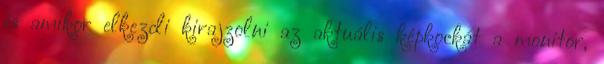
és amikor elkezdi kirajzolni az aktuális képkockát a monitor,